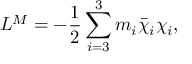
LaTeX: { { \cal { L } } ^ { M } } = - \frac { 1 } { 2 } \sum _ { i = 3 } ^ { 3 } m _ { i } \bar { \chi } _ { i } \chi _ { i } ,